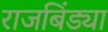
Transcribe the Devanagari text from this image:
राजबिंड्या